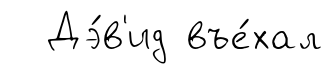
Дэ́в'ид въе́хал